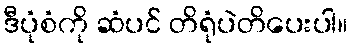
ဒီပုံစံကို ဆံပင် တိရုံပဲတိပေးပါ။